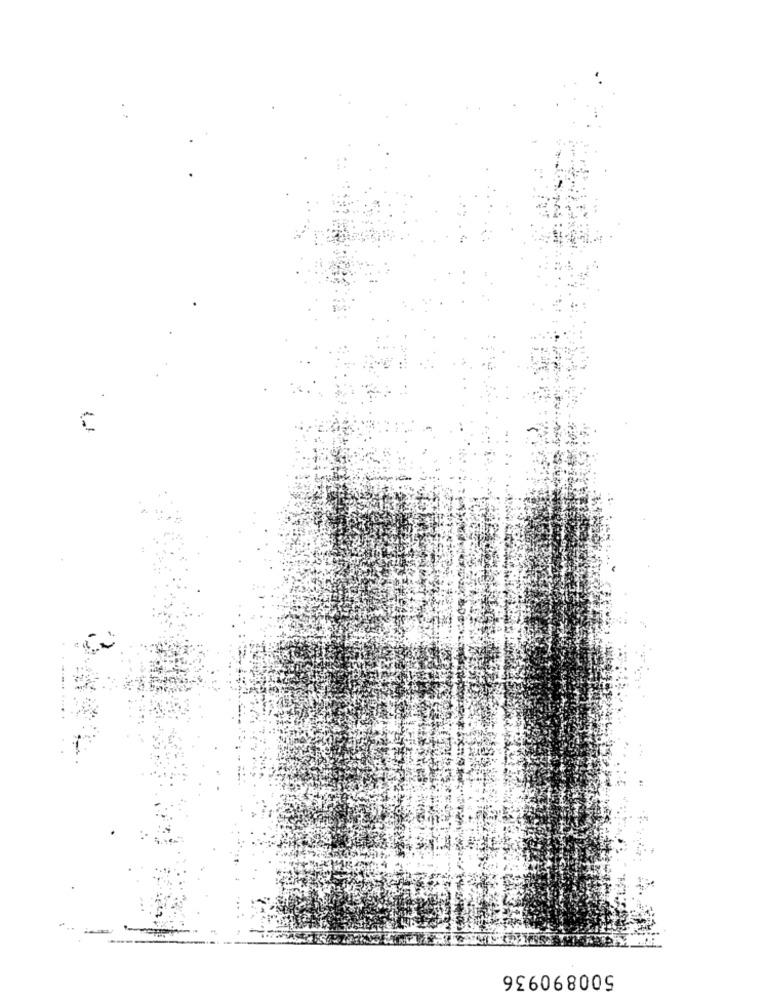
500890936